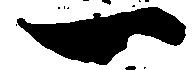
一